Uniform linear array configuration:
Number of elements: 48
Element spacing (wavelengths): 0.75
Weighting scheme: hamming
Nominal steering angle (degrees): -60
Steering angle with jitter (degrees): -61.856
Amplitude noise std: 0.05
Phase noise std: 0.05

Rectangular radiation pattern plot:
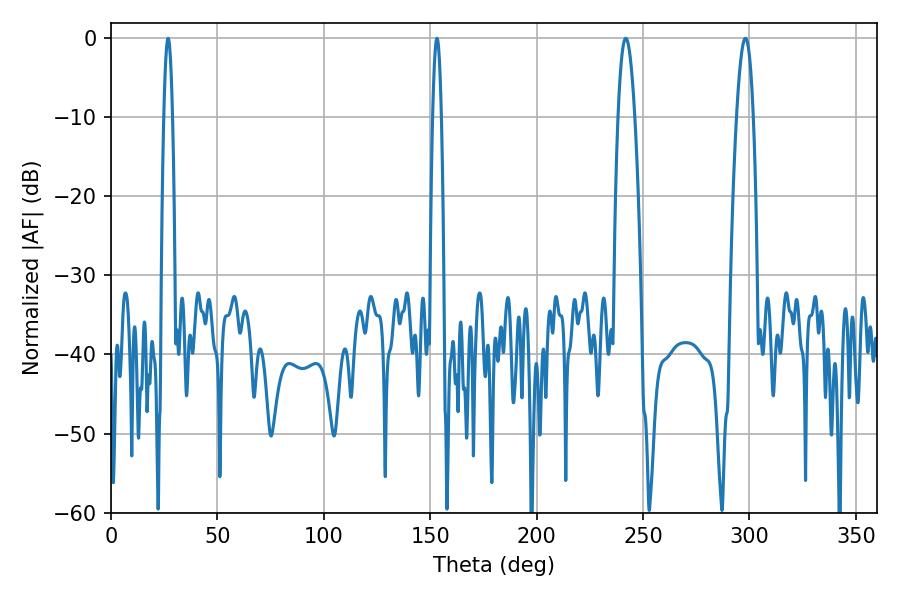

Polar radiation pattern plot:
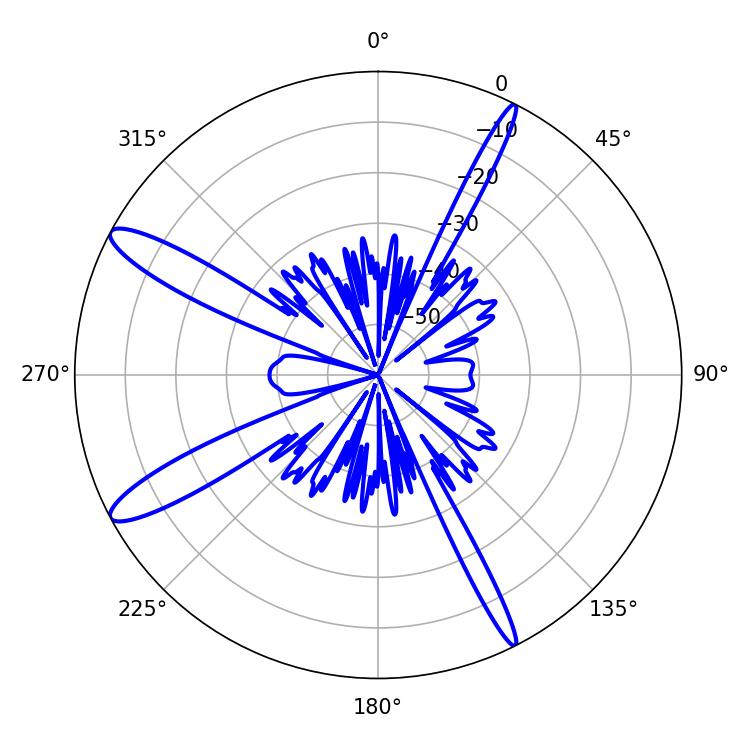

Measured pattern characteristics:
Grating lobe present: TRUE
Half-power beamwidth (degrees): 2.16
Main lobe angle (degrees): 26.82